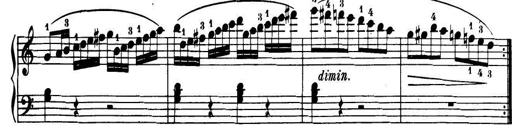
Title: 32 Sonatinas and Rondos for the Piano
Composer: Richard Kleinmichel